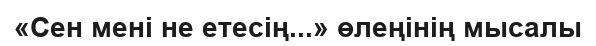
«Сен мені не етесің...» өлеңінің мысалы